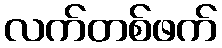
လက်တစ်ဖက်